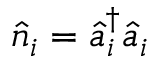
\hat { n } _ { i } = \hat { a } _ { i } ^ { \dagger } \hat { a } _ { i }